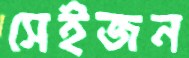
সেইজন